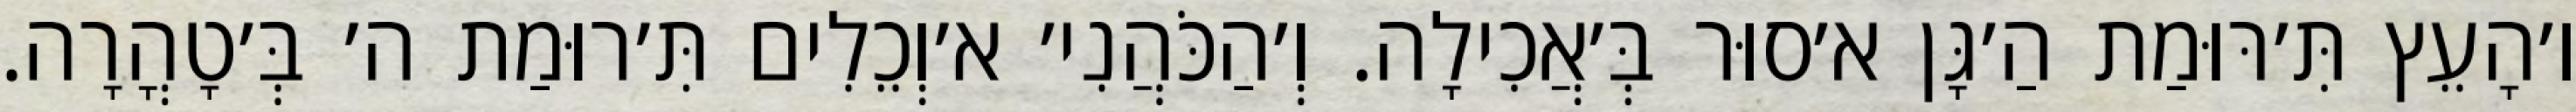
ו׳הָעֵץ תִּ׳רּוּמַת הַ׳גָּן א׳סוּר בְּ׳אֲכִילָה. וְ׳הַכֹּהֲנִי׳ א׳וְכֵלִים תִּ׳רוּמַת ה׳ בְּ׳טָהֳרָה.